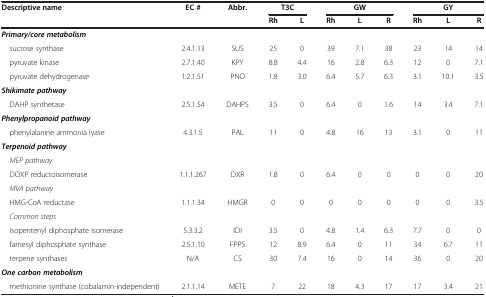
| <ROWSPAN=2> Descriptive name | <ROWSPAN=2> EC # | <ROWSPAN=2> Abbr. | <COLSPAN=2> T3C | <COLSPAN=3> GW | <COLSPAN=3> GY |
 | Rh | L | Rh | L | R | Rh | L | R |
 | --- | --- | --- | --- | --- | --- | --- | --- | --- | --- | --- |
 | Primary/core metabolism |  |  |  |  |  |  |  |  |  |  |
 | sucrose synthase | 2.4.1.13 | SUS | 25 | 0 | 39 | 7.1 | 38 | 23 | 14 | 14 |
 | pyruvate kinase | 2.7.1.40 | KPY | 8.8 | 4.4 | 16 | 2.8 | 6.3 | 12 | 0 | 7.1 |
 | pyruvate dehydrogenase | 1.2.1.51 | PNO | 1.8 | 3.0 | 6.4 | 5.7 | 6.3 | 3.1 | 10.1 | 3.5 |
 | Shikimate pathway |  |  |  |  |  |  |  |  |  |  |
 | DAHP synthetase | 2.5.1.54 | DAHPS | 3.5 | 0 | 6.4 | 0 | 1.6 | 14 | 3.4 | 7.1 |
 | Phenylpropanoid pathway |  |  |  |  |  |  |  |  |  |  |
 | phenylalanine ammonia lyase | 4.3.1.5 | PAL | 11 | 0 | 4.8 | 16 | 13 | 3.1 | 0 | 11 |
 | Terpenoid pathway |  |  |  |  |  |  |  |  |  |  |
 | MEP pathway |  |  |  |  |  |  |  |  |  |  |
 | DOXP reductoisomerase | 1.1.1.267 | DXR | 1.8 | 0 | 6.4 | 0 | 0 | 0 | 0 | 20 |
 | MVA pathway |  |  |  |  |  |  |  |  |  |  |
 | HMG-CoA reductase | 1.1.1.34 | HMGR | 0 | 0 | 0 | 0 | 0 | 0 | 0 | 3.5 |
 | Common steps |  |  |  |  |  |  |  |  |  |  |
 | isopentenyl diphosphate isomerase | 5.3.3.2 | IDI | 3.5 | 0 | 4.8 | 1.4 | 6.3 | 7.7 | 0 | 0 |
 | farnesyl diphosphate synthase | 2.5.1.10 | FPPS | 12 | 8.9 | 6.4 | 0 | 11 | 34 | 6.7 | 11 |
 | terpene synthases | N/A | CS | 30 | 7.4 | 16 | 0 | 14 | 36 | 0 | 20 |
 | One carbon metabolism |  |  |  |  |  |  |  |  |  |  |
 | methionine synthase (cobalamin-independent) | 2.1.1.14 | METE | 7 | 22 | 18 | 4.3 | 17 | 17 | 3.4 | 21 |